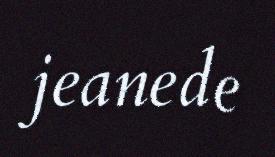
jeanede